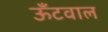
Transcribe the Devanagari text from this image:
ऊँटवाल